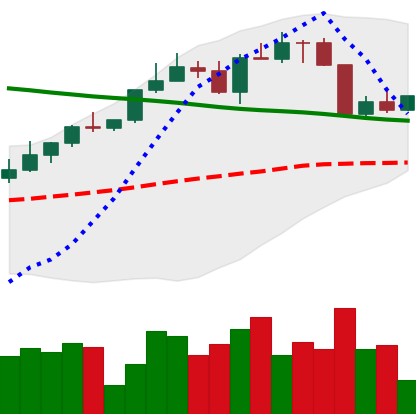
Ticker: ETH-USD
Chart end date: 2022-04-09
Forward return: -7.419%
Label: down_7plus